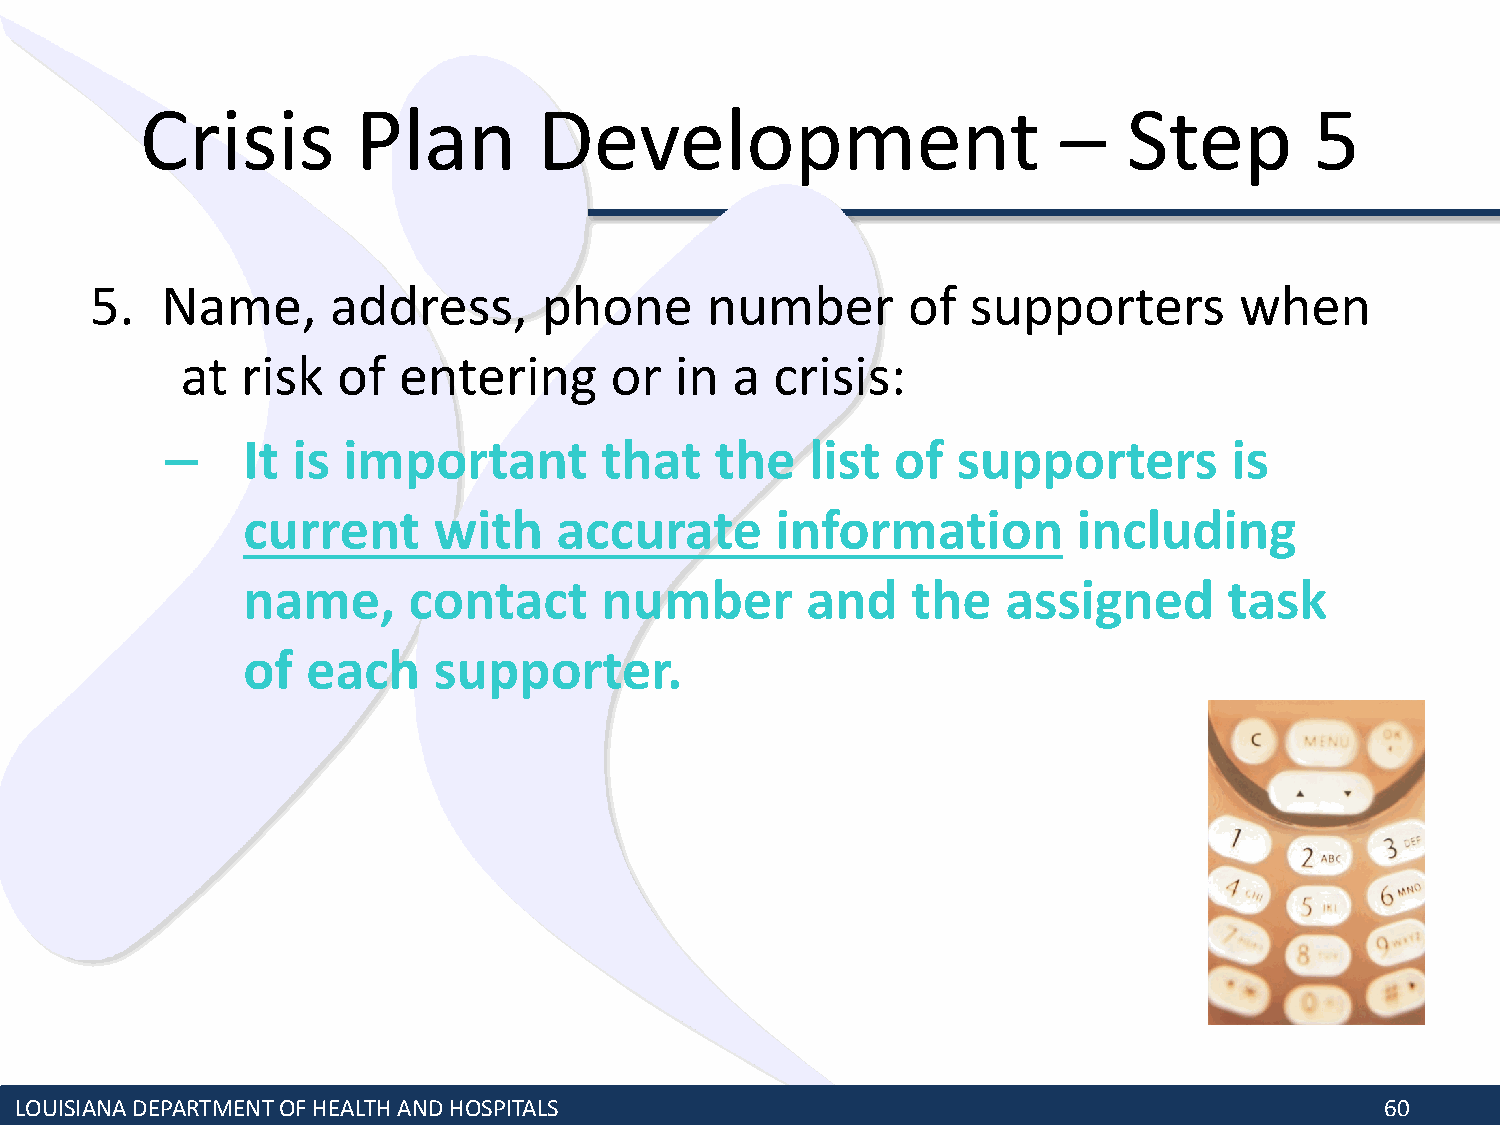
Crisis         Plan        Development                       –    Step        5
 5.   Name,      address,      phone      number       of  supporters        when
 at  risk  of  entering      or   in a  crisis:
 –    It is  important        that   the    list of  supporters         is
 current      with    accurate      information         including
 name,      contact      number       and    the    assigned      task
 of  each     supporter.
 LOUISIANA DEPARTMENT OF HEALTH AND HOSPITALS                                               60